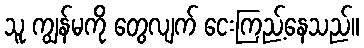
သူ ကျွန်မကို တွေလျက် ငေးကြည့်နေသည်။